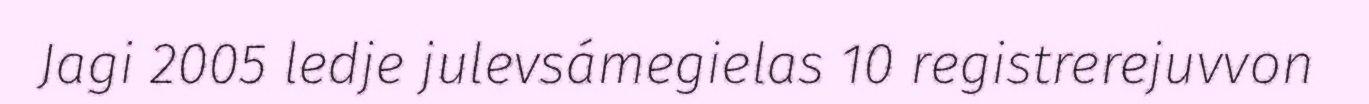
Jagi 2005 ledje julevsámegielas 10 registrerejuvvon